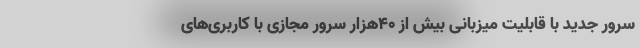
سرور جدید با قابلیت میزبانی بیش از ۴۰هزار سرور مجازی با کاربری‌های